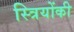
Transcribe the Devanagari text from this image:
स्त्रियोंकी